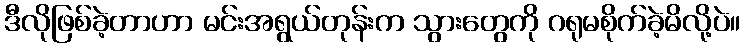
ဒီလိုဖြစ်ခဲ့တာဟာ မင်းအရွယ်တုန်းက သွားတွေကို ဂရုမစိုက်ခဲ့မိလို့ပဲ။